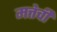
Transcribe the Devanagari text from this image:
मत्तेची